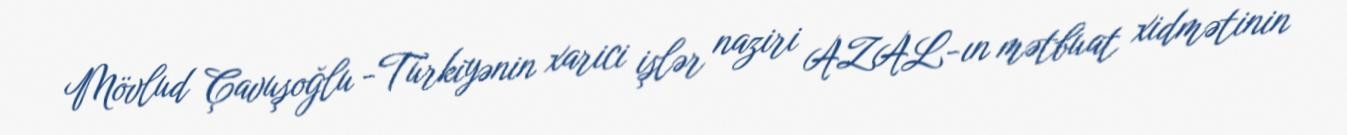
Mövlud Çavuşoğlu -Türkiyənin xarici işlər naziri AZAL-ın mətbuat xidmətinin